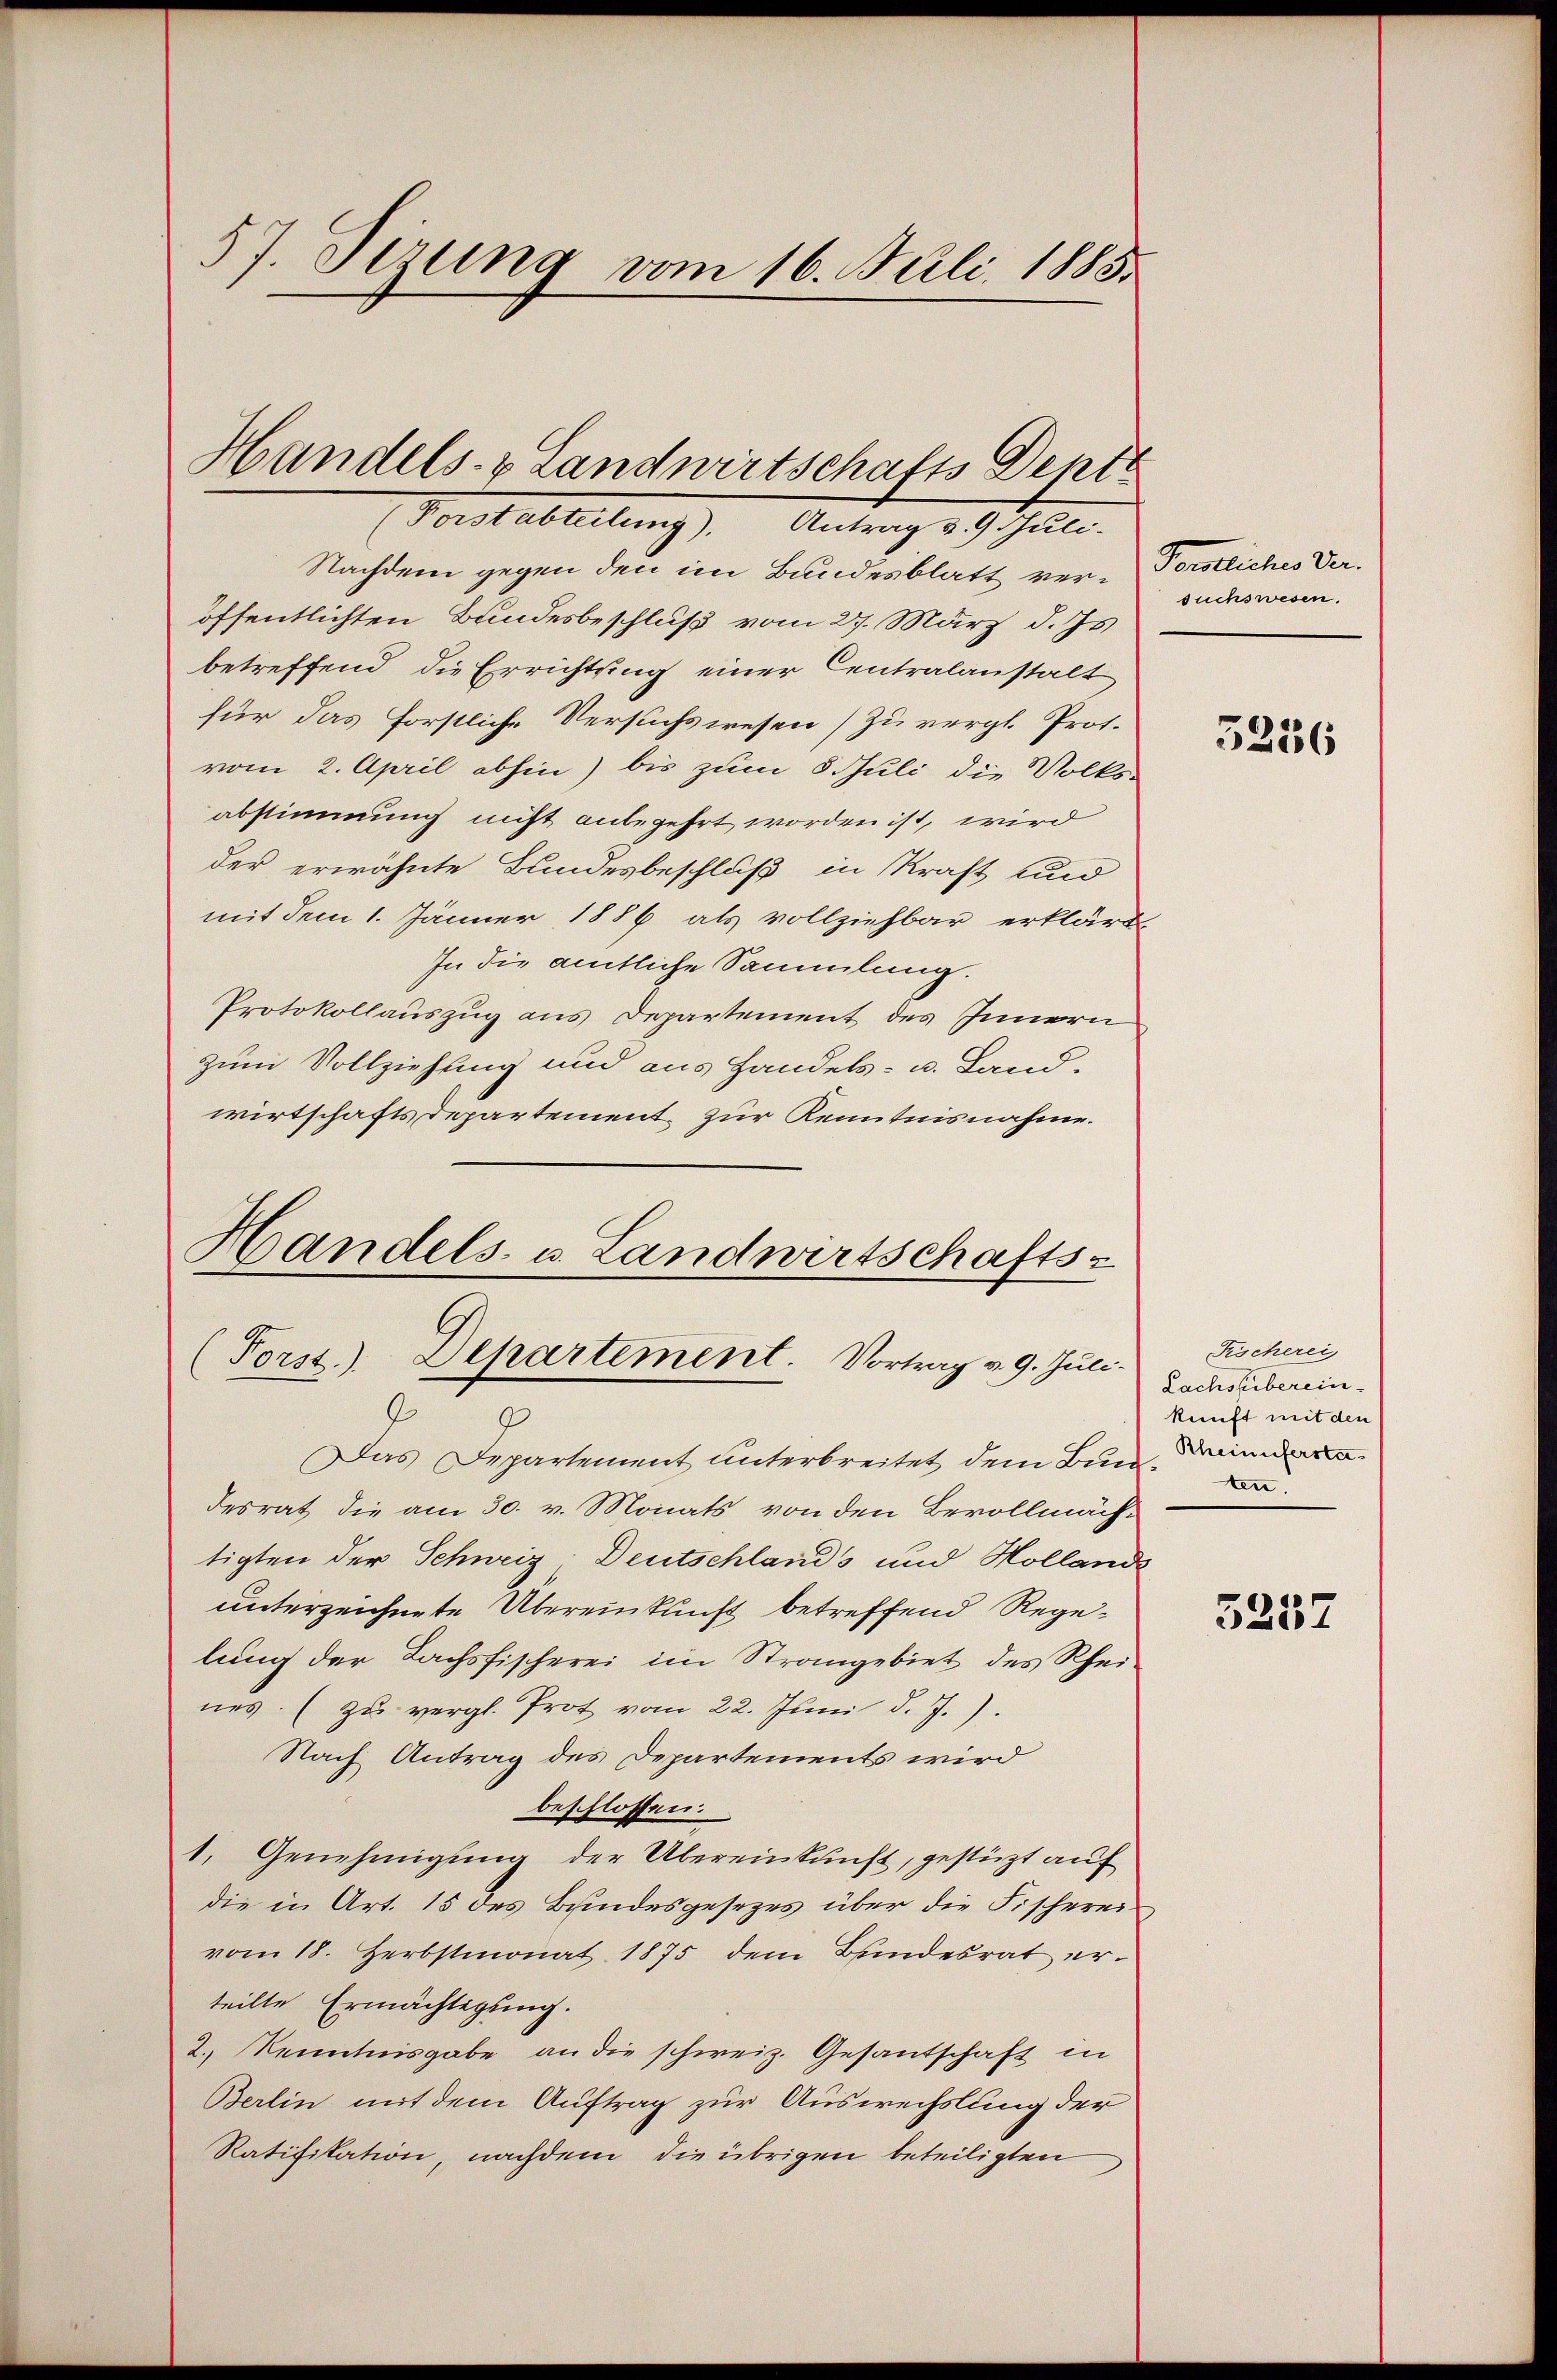
57. Stzung vom 16. Juli 1885.

Handels- & Landwirtschafts Depte
(Porstabteilung). Antrag u. 9 Juli-

Nachdem gegen den im Bundesblatt ver-Forstliches Veröffentlichten Bundesbeschluß vom 27. März d. Js
betreffend die Errichtung einer Centralanstalt
für das forstliche Versuchswesen (zu vergl. Prof.
vom 2. April abhin) bis zum 5 Juli die Volks-
abstimmung nicht anbegehrt worden ist, wird
der erwähnte Bundesbeschluß in Kraft und
mit dem 1. Jänner 1886 als vollziehbar erklärt,
In die amtliche Sammlung.
Protokollauszug aus Departement des Innern
zum Vollziehung und aus Handels- u. Land-
wirtschaftsdepartement zur Kenntnisnahme.
Handels- u. Landwirtschafts-

(Forst. Departement. Vortrag v. 9. Juli.

.
Das Departement unterbreitet dem Bin Kraindra
desrat die am 30. v. Monats von den Bevollmächtigten der Schweiz Deutschlands und Holland
unterzeichnete Übereinkunft betreffend Regelung der Lachsfischerei im Strangebiet des Rheines. (zu vergl. Prot vom 22. Juni d. J.).
Nach Antrag des Departements wird
beschlossen:
1. Genehmigung der Übereinkunft, gestützt auf
die in Art. 15 des Bundesgesezes über die Fischerei
vom 18. Herbstmonat 1875 dem Bundesrat erteilte Ermächtigung.
2.) Kenntnisgabe an die schweiz. Gesandschaft in
Berlin mit dem Auftrag zur Auswechslung der
Ratifikation, nachdem die übrigen beteiligten

suchswesen.

3236

Fischerei,
Lachstberein-
kunft mit den
ten.

5257